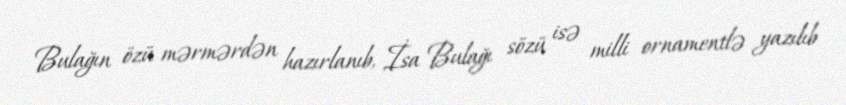
Bulağın özü mərmərdən hazırlanıb, İsa Bulağı sözü isə milli ornamentlə yazılıb